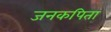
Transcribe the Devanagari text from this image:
जनकपिता